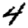
Digit: 4